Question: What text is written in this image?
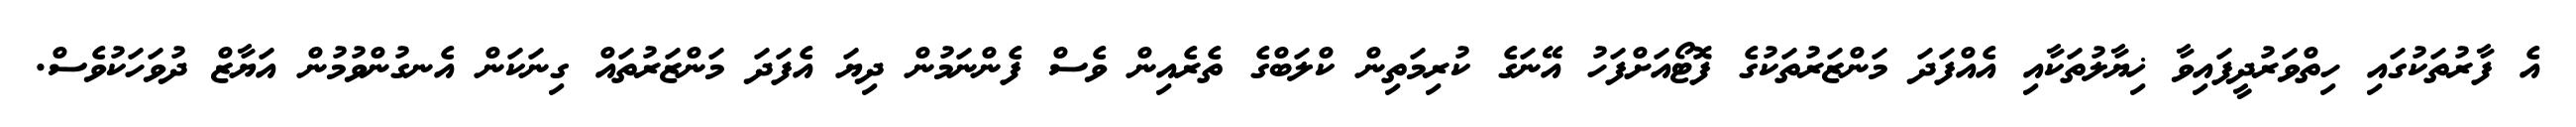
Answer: އެ ފާރުތަކުގައި ހިތްވަރުދީފައިވާ ޚިޔާލުތަކާއި އެއްފަދަ މަންޒަރުތަކުގެ ފޮޓޯއަށްފަހު އޭނަގެ ކުރިމަތިން ކްލަބްގެ ތެރެއިން ވެސް ފެންނަމުން ދިޔަ އެފަދަ މަންޒަރުތައް ގިނަކަން އެނގުންވުމުން އަޔާޒް ދުވަހަކުވެސް.